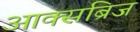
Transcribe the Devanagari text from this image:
आक्सब्रिज